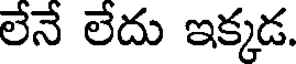
లేనే లేదు ఇక్కడ.